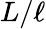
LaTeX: L/\ell